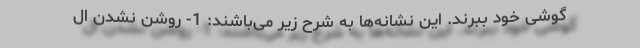
گوشی خود ببرند. این نشانه‌ها به شرح زیر می‌باشند: 1- روشن نشدن ال